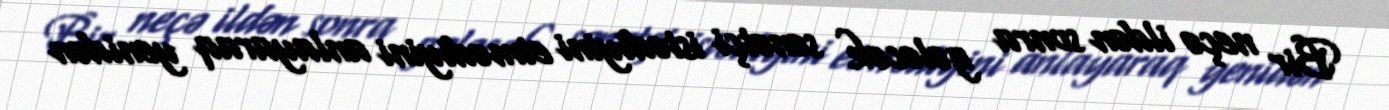
Bir neçə ildən sonra gələcək sənətçi istədiyini etmədiyini anlayaraq yenidən